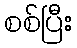
စစ်ပြီး